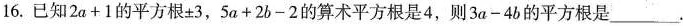
16.已知$$2a+1$$的平方根\pm 3，$$5a+2b-2$$的算术平方根是4，则$$3a-4b$$的平方根是___。